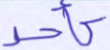
كأحد